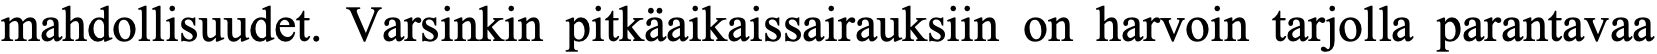
mahdollisuudet. Varsinkin pitkäaikaissairauksiin on harvoin tarjolla parantavaa